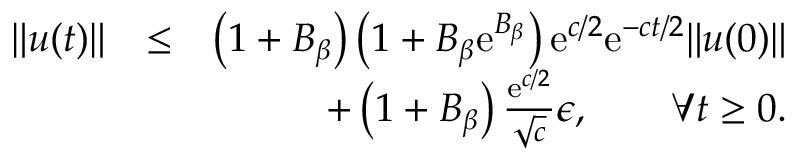
\begin{array} { r l r } { \| u ( t ) \| } & { \leq } & { \left( 1 + B _ { \beta } \right) \left( 1 + B _ { \beta } \mathrm { e } ^ { B _ { \beta } } \right) \mathrm { e } ^ { c / 2 } \mathrm { e } ^ { - c t / 2 } \| u ( 0 ) \| } \\ & { } & { + \left( 1 + B _ { \beta } \right) { \frac { \mathrm { e } ^ { c / 2 } } { \sqrt { c } } } \epsilon , \qquad \forall t \geq 0 . } \end{array}